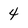
Character: 4